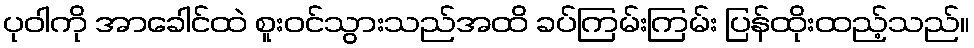
ပုဝါကို အာခေါင်ထဲ စူးဝင်သွားသည်အထိ ခပ်ကြမ်းကြမ်း ပြန်ထိုးထည့်သည်။